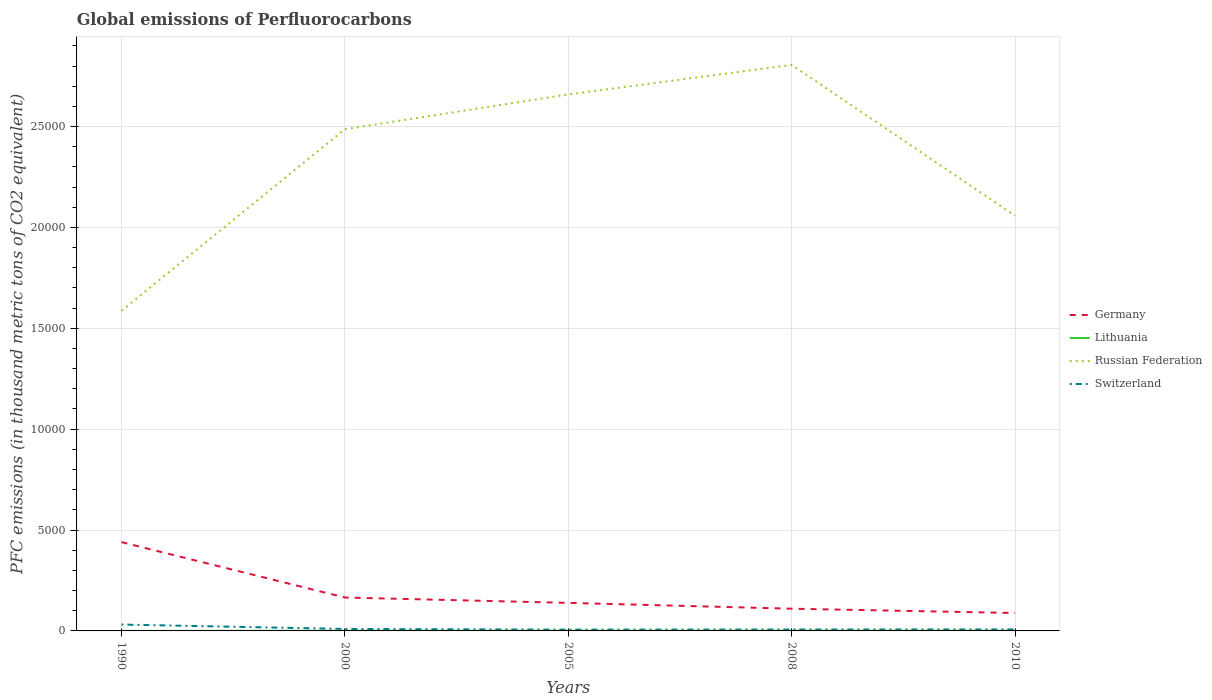
| Years | Germany | Lithuania | Russian Federation | Switzerland |
 | --- | --- | --- | --- | --- |
 | 1990 | 4.4e+03 | 0.9 | 1.59e+04 | 316 |
 | 2000 | 1.66e+03 | 8.4 | 2.49e+04 | 97.9 |
 | 2005 | 1.39e+03 | 8.2 | 2.66e+04 | 62.5 |
 | 2008 | 1.1e+03 | 8.2 | 2.81e+04 | 69.4 |
 | 2010 | 888 | 8 | 2.06e+04 | 74 |